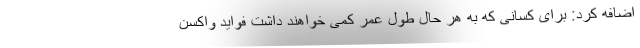
اضافه کرد: برای کسانی که به هر حال طول عمر کمی خواهند داشت فواید واکسن